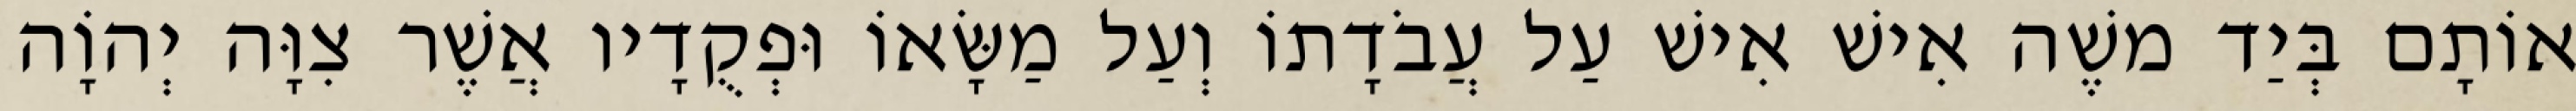
אוֹתָם בְּיַד משֶׁה אִישׁ אִישׁ עַל עֲבֹדָתוֹ וְעַל מַשָּׂאוֹ וּפְקֻדָיו אֲשֶׁר צִוָּה יְהוָֹה